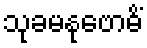
သုခမနုဗောဓိံ